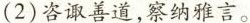
(2)咨善道，察纳雅言。